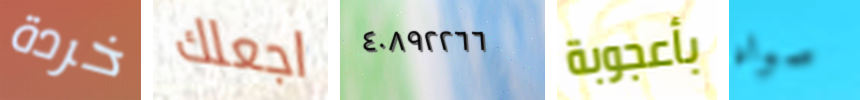
خردة اجعلك ٤٠٨٩٢٢٦٦ بأعجوبة سواه